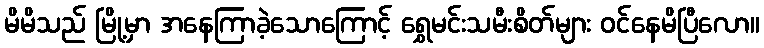
မိမိသည် မြို့မှာ အနေကြာခဲ့သောကြောင့် ရွှေမင်းသမီးစိတ်များ ဝင်နေမိပြီလော။